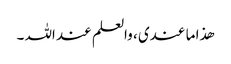
ھذا ما عندی ، والعلم عند اللہ ۔